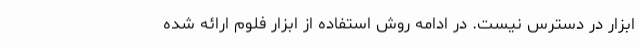
ابزار در دسترس نیست. در ادامه روش استفاده از ابزار فلوم ارائه شده